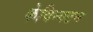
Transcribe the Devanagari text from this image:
केविन्गटन